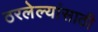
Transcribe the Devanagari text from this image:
ठरलेल्यांसाठी